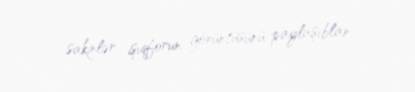
sakinlər işıqforun görüntüsünü paylaşıblar.